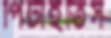
পিটাইতিস